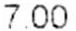
7.00